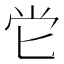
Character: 𡭠